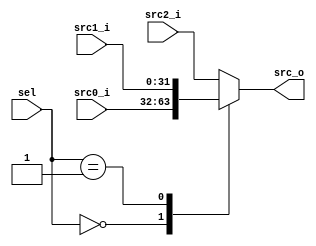
`timescale 1ns/1ps

module Mux3to1(
    input [31:0] src0_i, // in risc-v architecture, instr is 32 bits, and immediate will be extended to 32 bits also, 
                        // and the address is fixed to 32 bits (assume code is tested on 32 bits system) to make the design logic simple
    input [31:0] src1_i,
    input [31:0] src2_i,
    input [1:0] sel,
    output reg [31:0] src_o
);

    always@(*)begin
        case(sel)
            2'b00: src_o = src0_i ; 
            2'b01: src_o = src1_i ; 
            2'b10: src_o = src2_i ; 
            default: src_o = src2_i ; 
        endcase
    end

endmodule